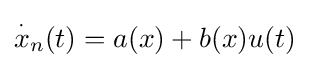
{\overset {\cdot }{x}}_{n}(t)=a(x)+b(x)u(t)